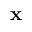
\mathbf { x }